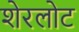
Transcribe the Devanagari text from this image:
शेरलोट